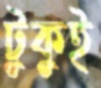
টুকুই